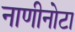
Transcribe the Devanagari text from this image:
नाणीनोटा